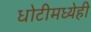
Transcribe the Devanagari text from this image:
धोटीमध्येही